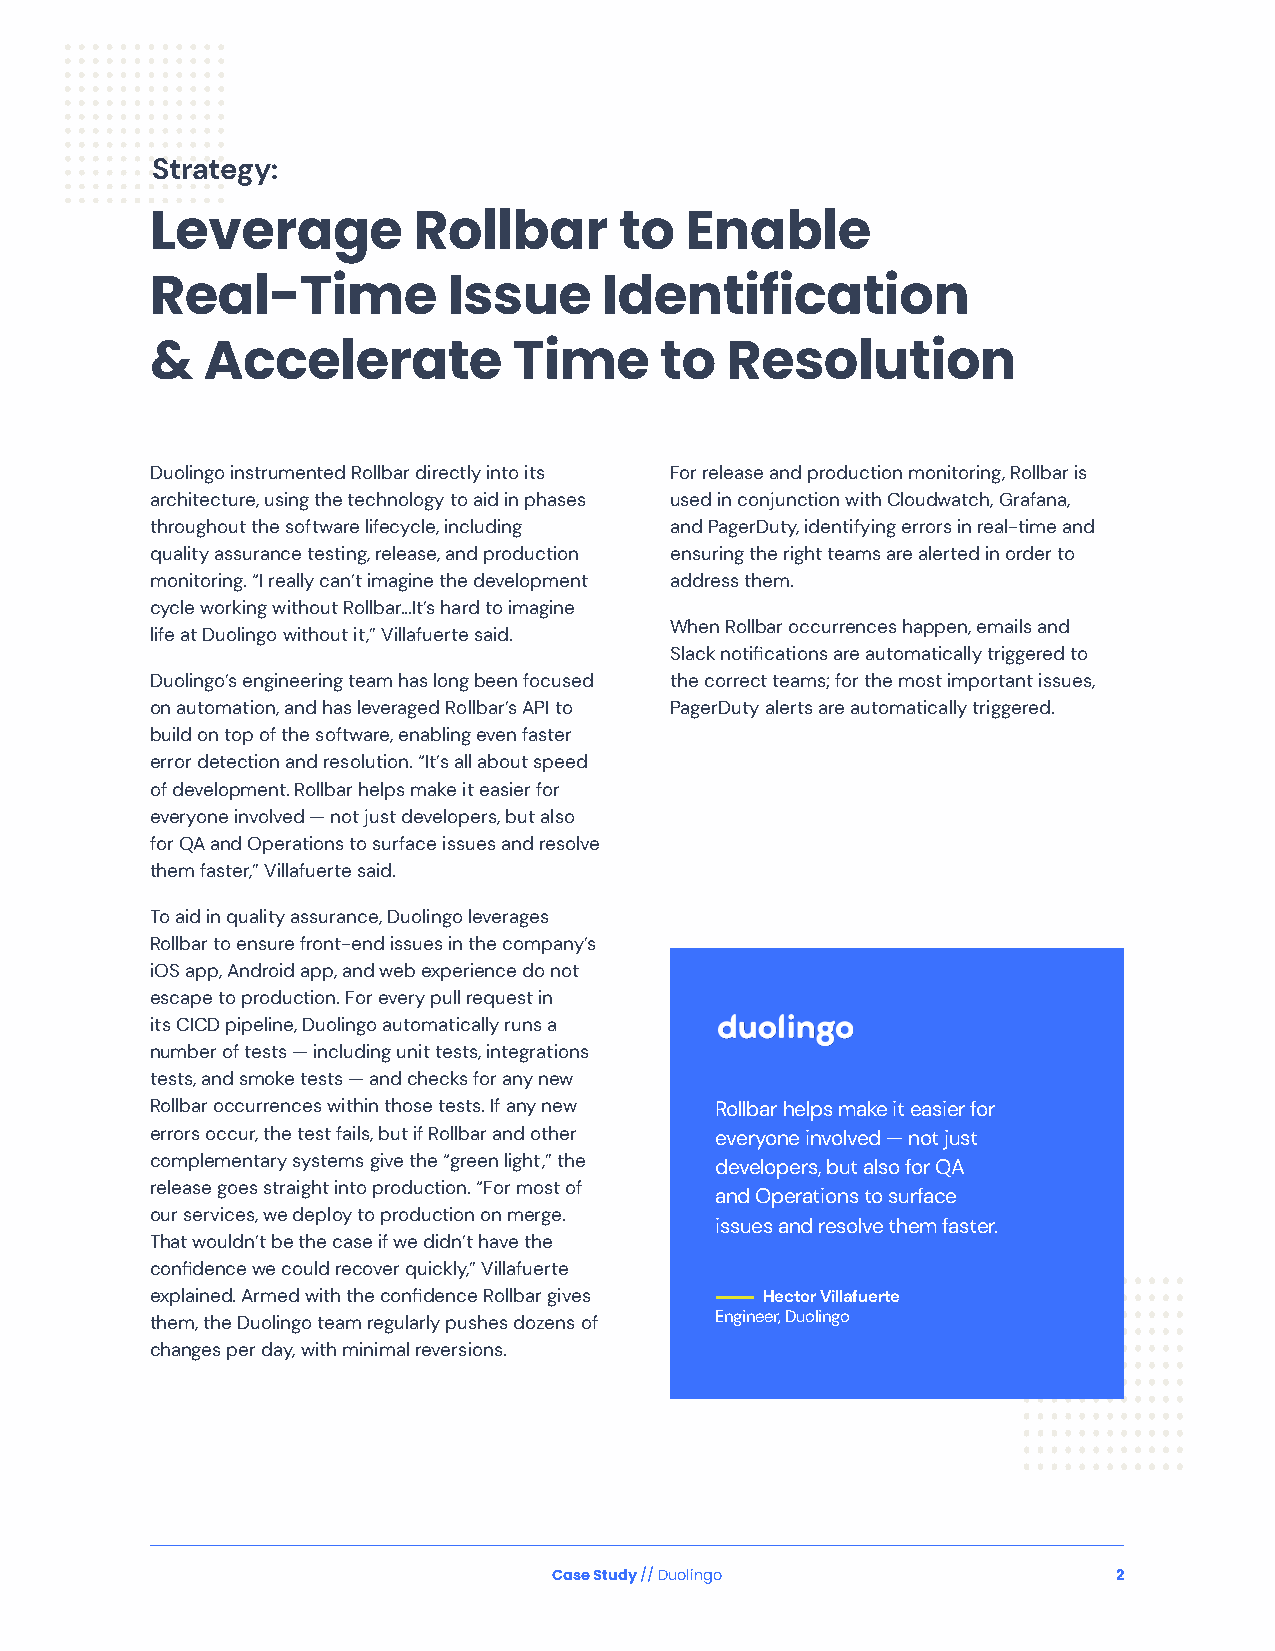
Strategy:
 Leverage         Rollbar       to  Enable
 Real-Time           Issue     Identification
 &  Accelerate           Time      to  Resolution
 Duolingo instrumented Rollbar directly into its For release and production monitoring, Rollbar is
 architecture, using the technology to aid in phases used in conjunction with Cloudwatch, Grafana,
 throughout the software lifecycle, including and PagerDuty, identifying errors in real-time and
 quality assurance testing, release, and production ensuring the right teams are alerted in order to
 monitoring. “I really can’t imagine the development address them.
 cycle working without Rollbar…It’s hard to imagine
 When Rollbar occurrences happen, emails and
 life at Duolingo without it,” Villafuerte said.
 Slack notifications are automatically triggered to
 Duolingo’s engineering team has long been focused the correct teams; for the most important issues,
 on automation, and has leveraged Rollbar’s API to PagerDuty alerts are automatically triggered.
 build on top of the software, enabling even faster
 error detection and resolution. “It’s all about speed
 of development. Rollbar helps make it easier for
 everyone involved — not just developers, but also
 for QA and Operations to surface issues and resolve
 them faster,” Villafuerte said.
 To aid in quality assurance, Duolingo leverages
 Rollbar to ensure front-end issues in the company’s
 iOS app, Android app, and web experience do not
 escape to production. For every pull request in
 its CICD pipeline, Duolingo automatically runs a
 number of tests — including unit tests, integrations
 tests, and smoke tests — and checks for any new
 Rollbar occurrences within those tests. If any new Rollbar helps make it easier for
 errors occur, the test fails, but if Rollbar and other everyone involved — not just
 complementary systems give the “green light,” the
 developers, but also for QA
 release goes straight into production. “For most of
 and Operations to surface
 our services, we deploy to production on merge.
 issues and resolve them faster.
 That wouldn’t be the case if we didn’t have the
 confidence we could recover quickly,” Villafuerte
 explained. Armed with the confidence Rollbar gives —————— Hector Villafuerte
 them, the Duolingo team regularly pushes dozens of Engineer, Duolingo
 changes per day, with minimal reversions.
 Case Study // Duolingo               2